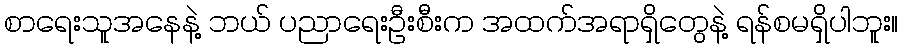
စာရေးသူအနေနဲ့ ဘယ် ပညာရေးဦးစီးက အထက်အရာရှိတွေနဲ့ ရန်စမရှိပါဘူး။